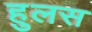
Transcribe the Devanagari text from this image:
हुलस